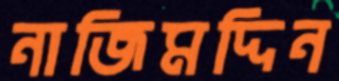
নাজিমদ্দিন